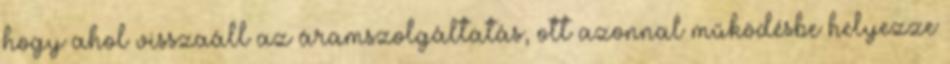
hogy ahol visszaáll az áramszolgáltatás, ott azonnal működésbe helyezze